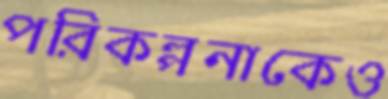
পরিকল্পনাকেও